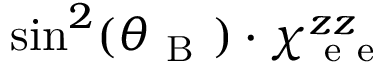
\sin ^ { 2 } ( \theta _ { \mathrm { ~ B ~ } } ) \cdot \chi _ { \mathrm { ~ e ~ e ~ } } ^ { z z }